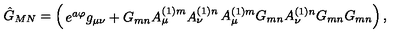
\hat { G } _ { M N } = \left( \begin{matrix} { e ^ { a \varphi } g _ { { \mu } { \nu } } + G _ { { m } { n } } A _ { { \mu } } ^ { ( 1 ) m } A _ { { \nu } } ^ { ( 1 ) n } } & { A _ { { \mu } } ^ { ( 1 ) m } G _ { { m } { n } } } \\ { A _ { { \nu } } ^ { ( 1 ) n } G _ { { m } { n } } } & { G _ { { m } { n } } } \\ \end{matrix} \right) ,